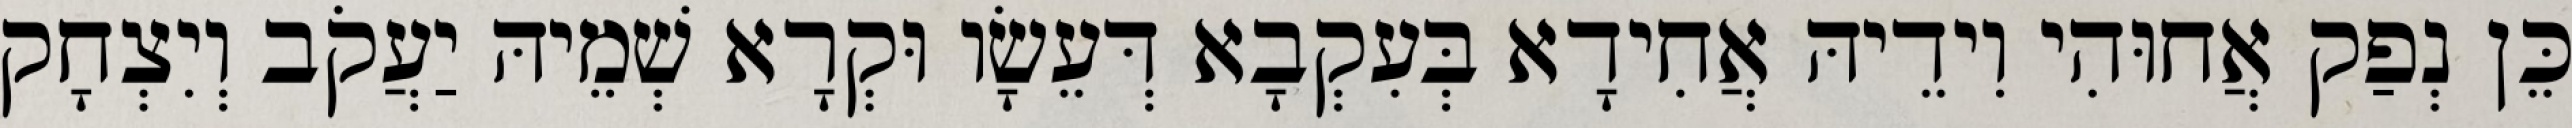
כֵּן נְפַק אֲחוּהִי וִידֵיהּ אֲחִידָא בְּעִקְבָא דְּעֵשָׂו וּקְרָא שְׁמֵיהּ יַעֲקֹב וְיִצְחָק